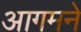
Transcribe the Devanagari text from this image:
आगमने